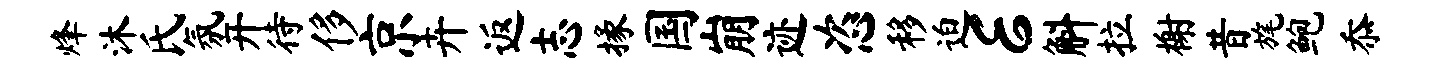
烽沐氏氛开待侈京卉返志掾国崩迹恣移迫E斛拉榭昔旄鲍忝